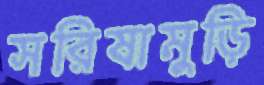
সরিষামুড়ি